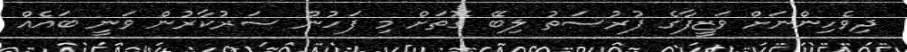
ދިވެހިންނަށް ވަޒީފާގެ ފުރުސަތު ލިބޭ ގޮތަށް މި ފަހުން ސަރުކާރުން ވަނީ ބައެއް